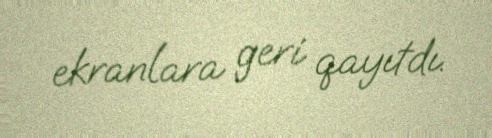
ekranlara geri qayıtdı.